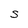
Character: S